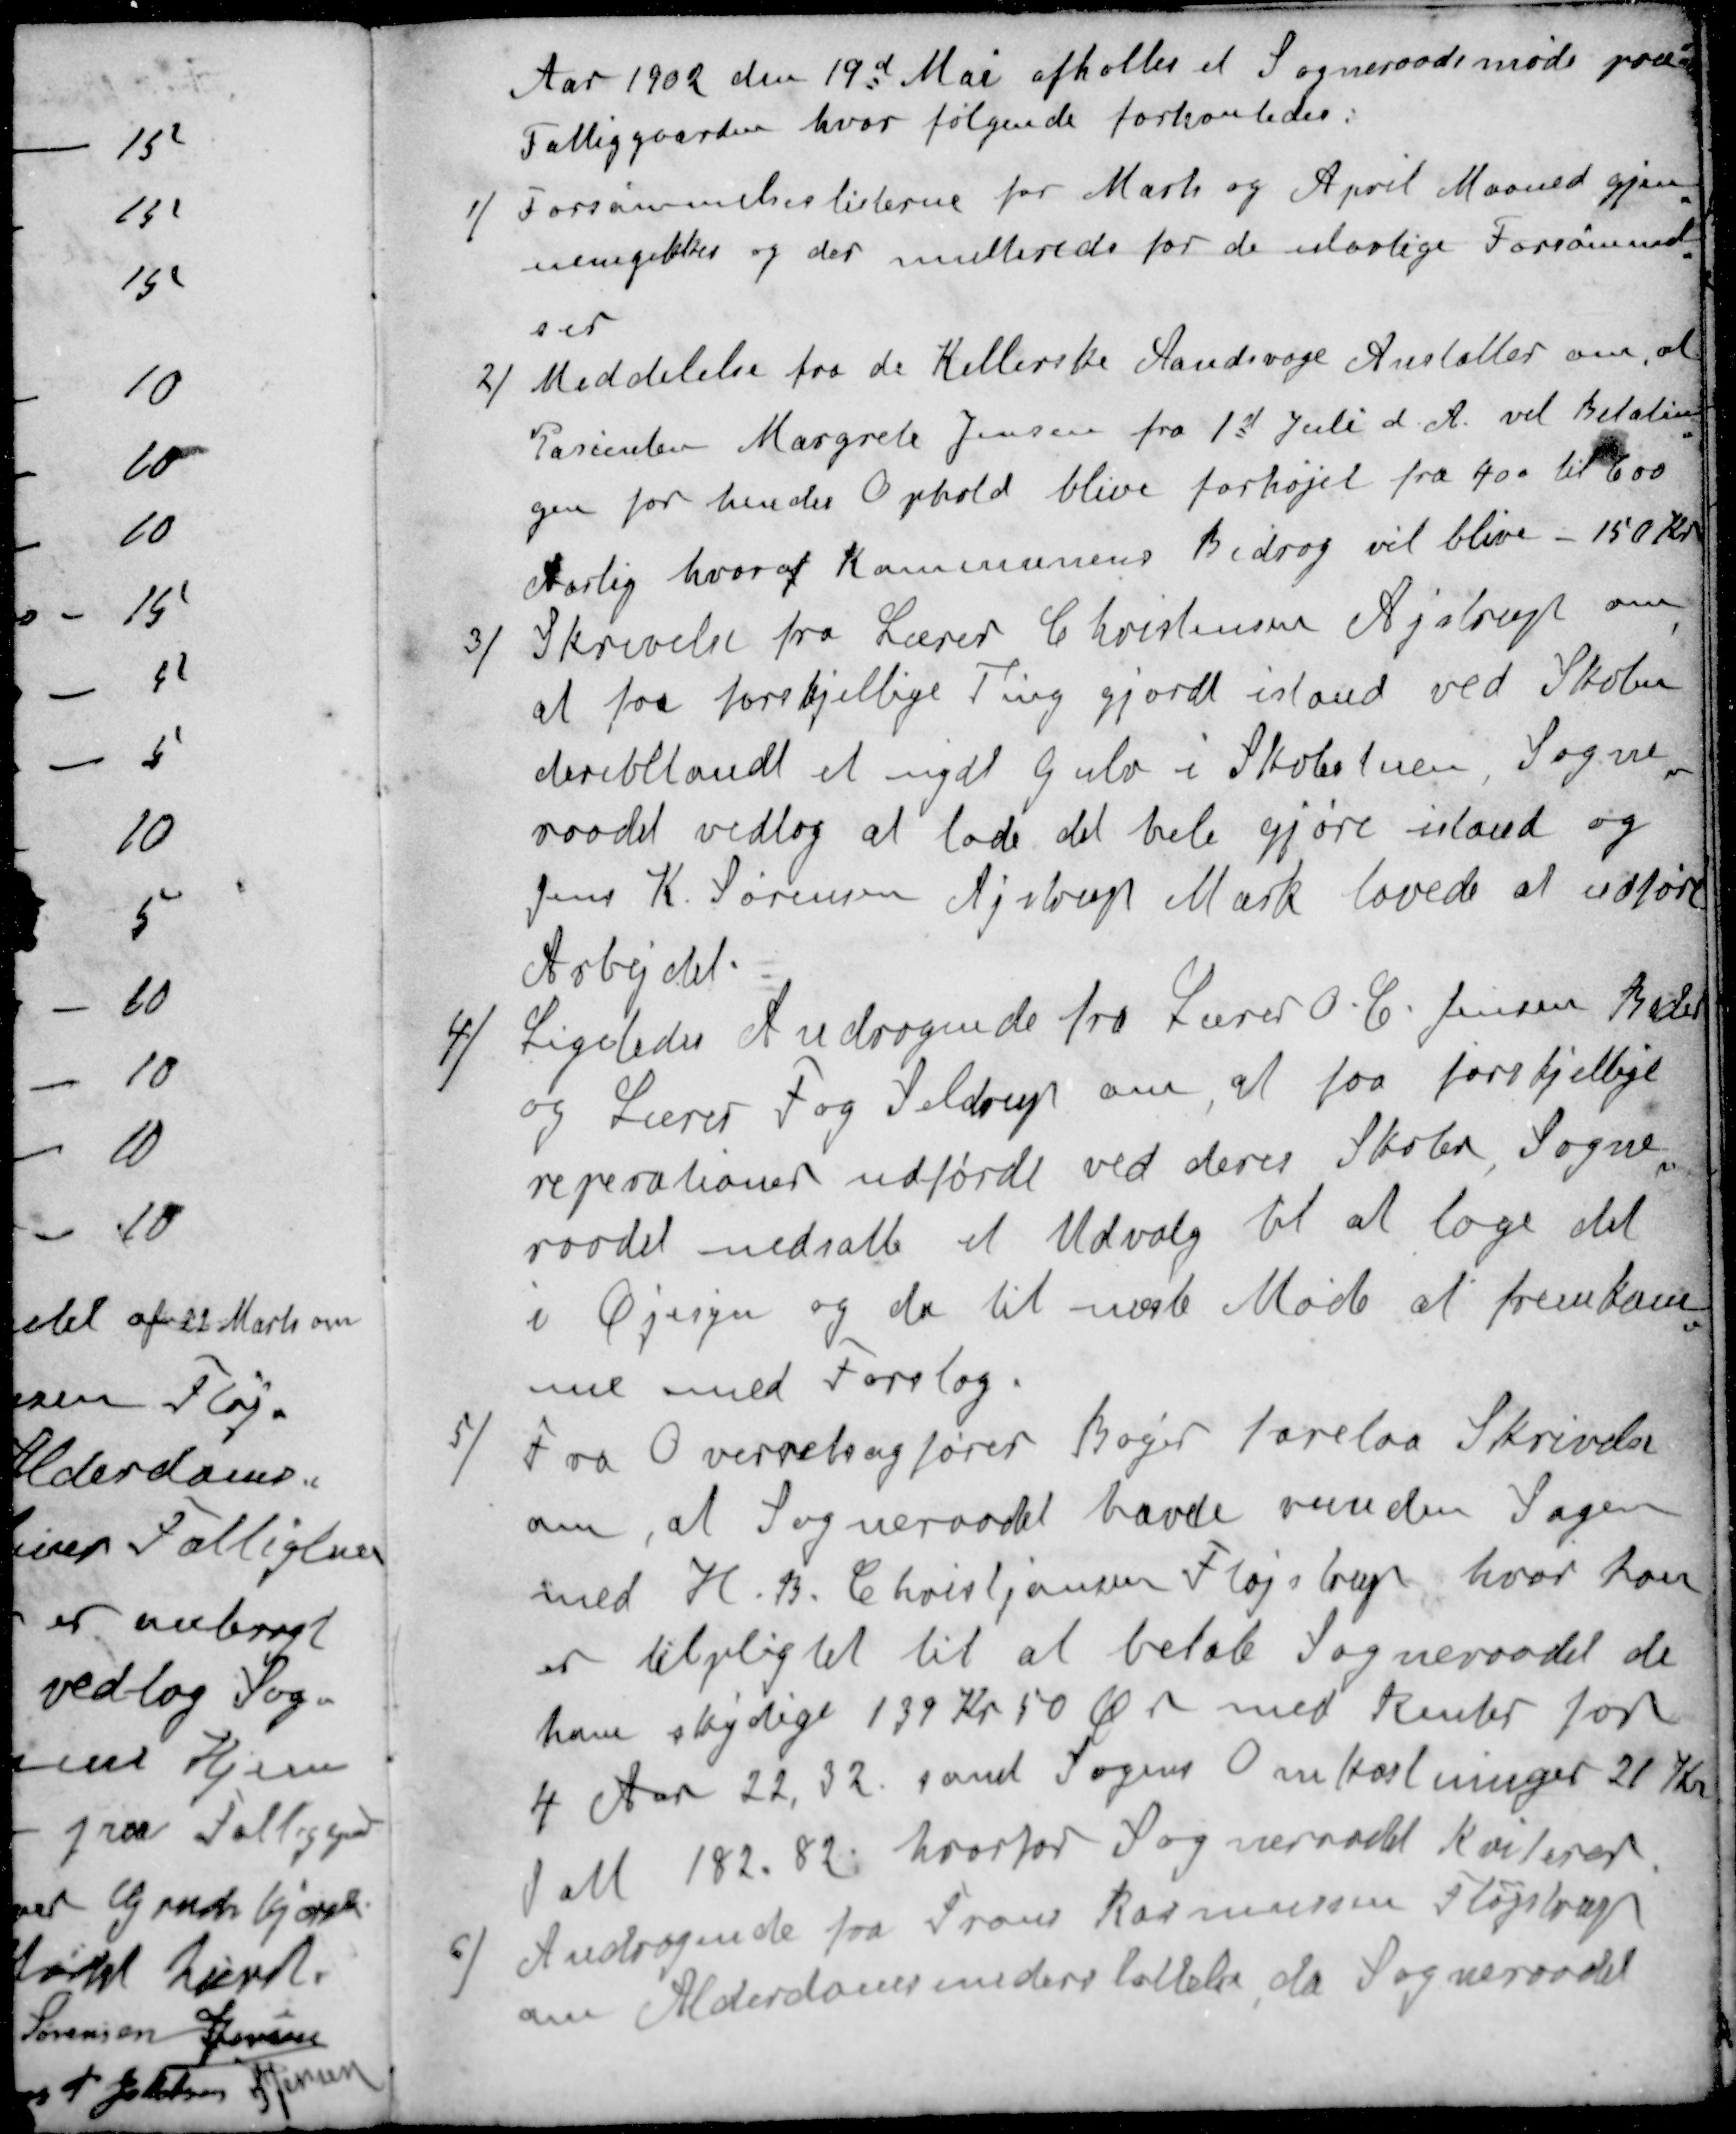
Transskription:
Aar 1902 den 19d Mai afholtes et Sogneraadsmøde paa
Fattiggaarden, hvor følgende forhanledes
1 / Forsømmelseslisterne for Marts og April Maaned gjen-
nemgikkes og der multereds for de ulovlige Forsømmel-
ser
2 / Meddelelse fra de Kellerske Aandsvage Anstalter om, at
Pasierten Margrete Jensen fra 1st Juli d. A. vil Betalin-
gen for hendes Ophold blive forhøjet fra 400 til 600
Aarlig hvoraf Kommunens Bidrag vil blive - 150 Kr
3 / Skrivelse fra Lærer Christensen Aistrup om
at faa forskjellige Ting gjordt istand ved Skolen
deriblandt et nydt Gulv i Skolestuen, Sogne-
raadet vedtog at lade det hele gjøre istand og
Jens K. Sørensen Ajstrup Mark lovede at udføre
Arbejdet.
4 / Ligeledes Andragende fra Lærer O. C. Jensen Beder
og Lærer Fog Seldrup om at faa forskjellige
reperationer udførdt ved deres Skoler Sogne-
raadet nedsatte et Udvalg til at tage det
i Øjesyn og da til næste Møde at fremkom-
ne med Forslag.
5 / Fra Overretsagfører Bøger forelaa Skrivelse
om, at Sogneraadet havde vunden Sagen
med H. B. Christiansen Fløjstrup, hvor han
er tilpligtet til at betale Sogneraadet de
have skydige 139 Kr 50 Ør med Renter for
4 Aar 22,32 samt Sagens Omkostninger 21 Kr.
Ialt 182.82, hvorfor Sogneraadet kviterer
6 / Andragende fra Frans Rasmussen Fløjstrup
om Alderdomsunderstøttelse da Sogneraadet